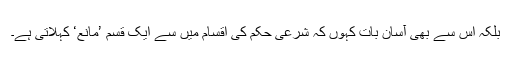
بلکہ اس سے بھی آسان بات کہوں کہ شرعی حکم کی اقسام میں سے ایک قسم ’مانع‘ کہلاتی ہے۔